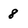
Character: 8